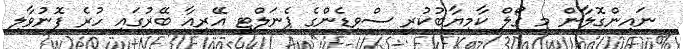
ނައިންގޮލާން މި ގޯލް ކާމިޔާބުކުރީ ސްވިޑެންގެ ޕެނަލްޓީ އޭރިއާ ބޭރުގައި ހުރެ ފޮނުވާލި